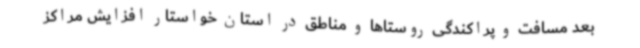
بعد مسافت و پراکندگی روستاها و مناطق در استان خواستار افزایش مراکز